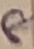
Text: 8